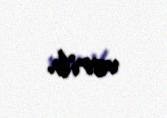
verib.